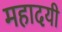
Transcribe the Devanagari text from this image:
महादयी